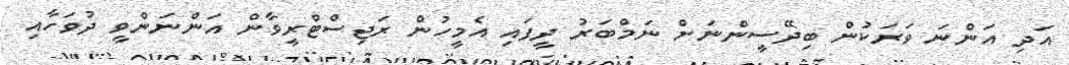
އަދި އަންނަ ވަރަކުން ބިދޭސީންނަށް ނަމްބަރު ދީފައި އެމީހުން ރަޖިސްޓްރީވާން އަންނަންވީ ދުވަހާއި